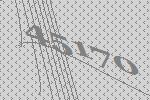
45170